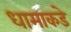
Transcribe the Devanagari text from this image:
धामाकडे